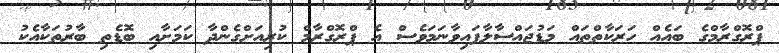
ޕްރޮގްރާމްގެ ބައެއް ހަރަކާތްތައް މަޑުޖައްސާލާފައިވާނަމަވެސް އެ ޕްރޮގްރާމް ކުރިއަށްގެންދާ ކަމަށާއި ބޮޑެތި ބާރުތަކާއެކު